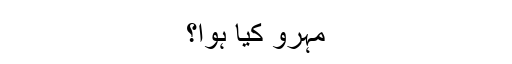
مہرو کیا ہوا؟